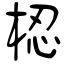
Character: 梕